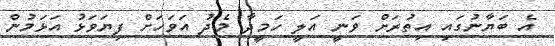
އެ ބަޔާނުގައި އިތުރަށް ވަނީ އަލީ ހަމީދާ މެދު އަވަހަށް ފިޔަވަޅު އަޅަމުން